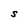
Character: S